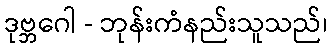
ဒုဗ္ဘဂေါ - ဘုန်းကံနည်းသူသည်၊